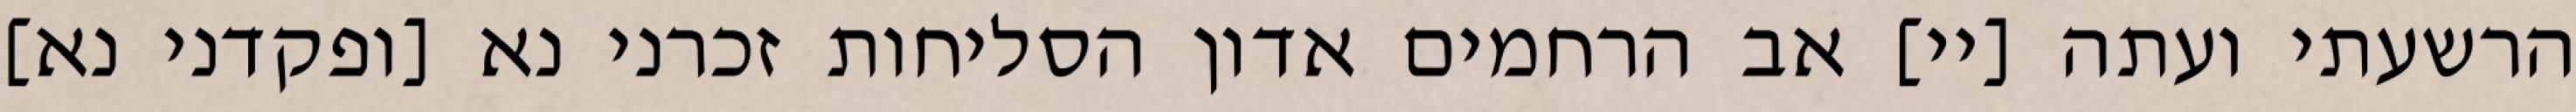
הרשעתי ועתה [יי] אב הרחמים אדון הסליחות זכרני נא [ופקדני נא]